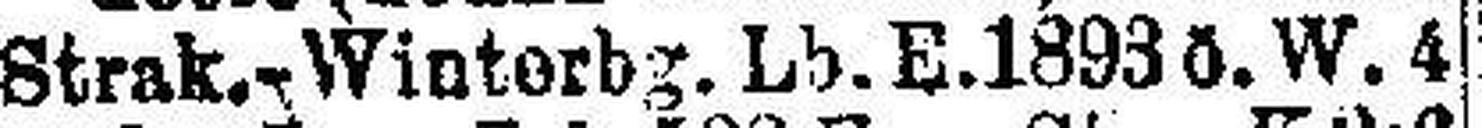
Strak.-Winterbg. Lb. E. 1893 ö. W. 4